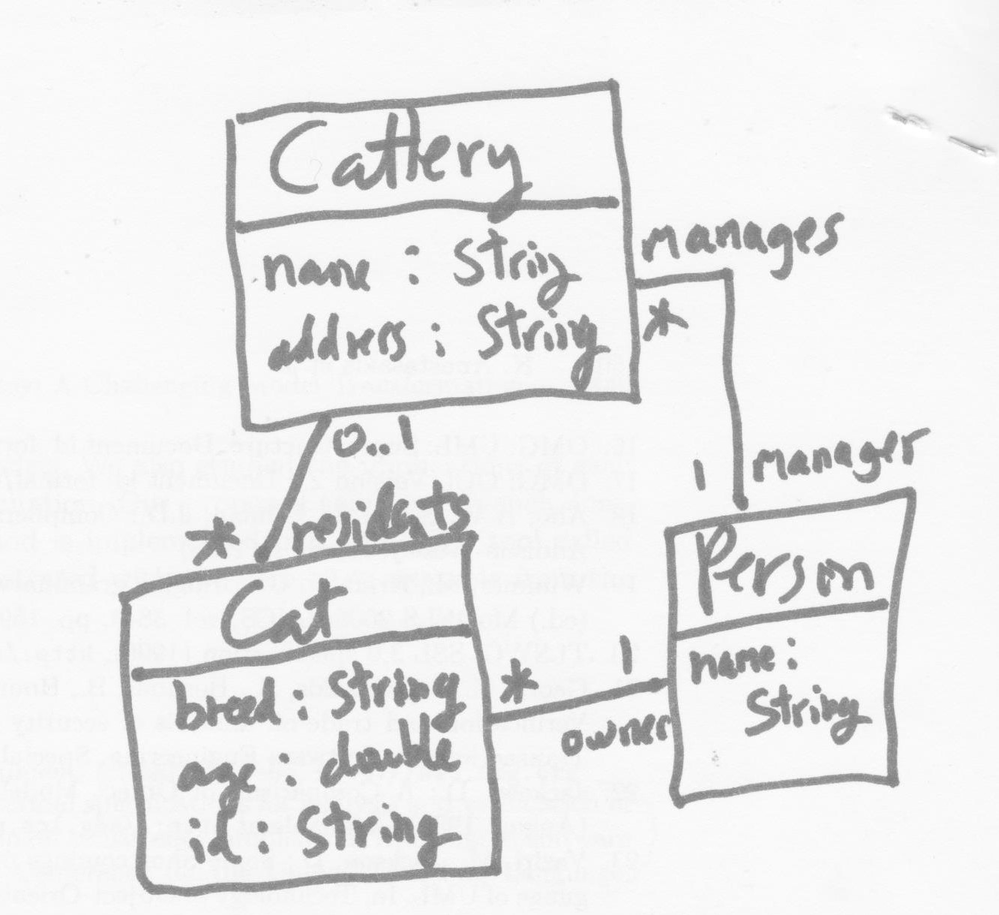
Diagram type: class_diagram
```plantuml
@startuml

class Cattery {
  name: String
  address: String
}

class Person {
  name: String
}

class Cat {
  breed: String
  age: double
  id: String
}

Cattery "manages *" -- "manager 1" Person
Cattery "0..1" -- "residents *" Cat

@enduml
```